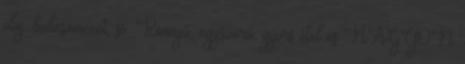
olaj, balzsamecet, só. Könnyű, egyszerű, gyors étel és NAGYON